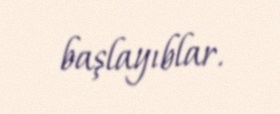
başlayıblar.